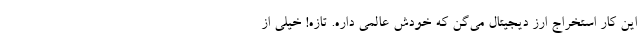
این کار استخراج ارز دیجیتال می­گن که خودش عالمی داره. تازه! خیلی از